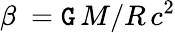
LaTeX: \beta\ =\mathtt{G}\, M/R\, {c}^{2}